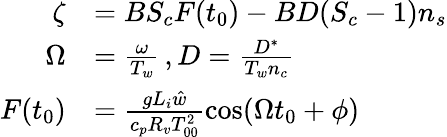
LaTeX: \begin{array}{rl}{\zeta}&{=BS_{c}F(t_{0})-BD(S_{c}-1)n_{s}}\\ {\Omega}&{=\frac{\omega}{T_{w}}\, ,D=\frac{D^{*}}{T_{w}n_{c}}}\\ {F(t_{0})}&{=\frac{gL_{i}\hat{w}}{c_{p}R_{v}T_{00}^{2}}\cos(\Omega t_{0}+\phi)}\end{array}